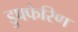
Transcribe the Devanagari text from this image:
डुफ्फेरिण